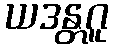
ယဒန္တဂူ